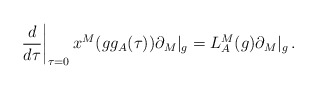
\begin{align*}\left.\frac{d}{d\tau}\right|_{\tau=0}x^{M}(g g_{A}(\tau))\partial_{M}|_{g}=L^{M}_{A}(g)\partial_{M}|_{g}\,.\end{align*}